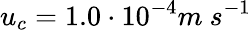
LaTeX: u_{c}=1.0\cdot 10^{-4}m\ s^{-1}